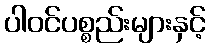
ပါဝင်ပစ္စည်းများနှင့်